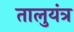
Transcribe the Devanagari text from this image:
तालुयंत्र